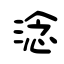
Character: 淰